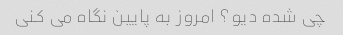
چی شده دیو؟ امروز به پایین نگاه می کنی